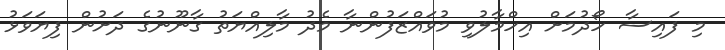
މި ފައިސާ ހޯދުމަށް އިހްމާލުވި މުވައްޒަފުންނާ މެދު މާލިއްޔަތު ގާނޫނުގެ ދަށުން ފިޔަވަޅު